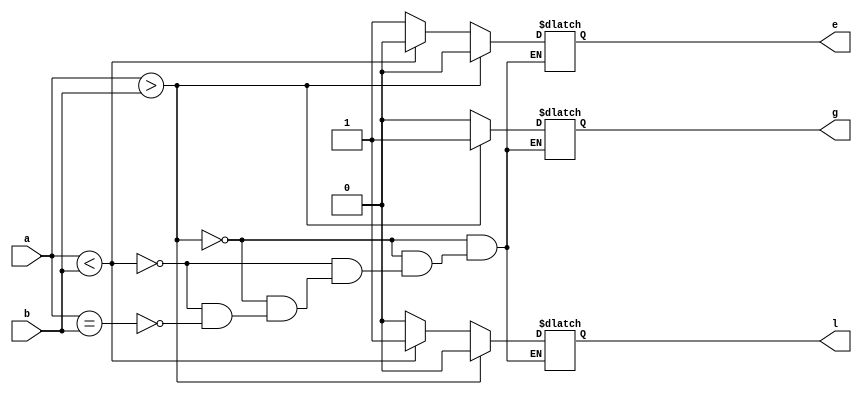
// Code your design here
//2bit comparator

module comp(
  input [1:0]a,b,
  output reg g,l,e);
  
  always@(a,b)
    begin
      if(a>b)
        begin
        g=1;
        l=0;
        e=0;
        end
      else if(a<b)
      begin
        g=0;
        l=1;
        e=0;
      end
      else if(a==b)
	  begin
      g=0;
      l=0;
      e=1;
      end
    end
endmodule